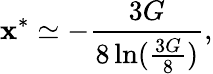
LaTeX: \mathbf{x}^{*}\simeq-{\frac{{3G}}{{8\ln({\frac{{3G}}{{8}}})}}},